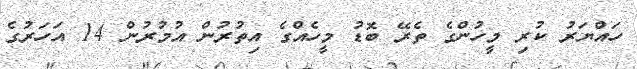
ހައްޔަރު ކުރި މީހުންގެ ތެރޭ ބޮޑު މީހެއްގެ އިތުރުން އުމުރުން 14 އަހަރުގެ